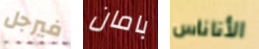
فيرجل بامان الأناناس